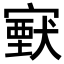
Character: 𡫈